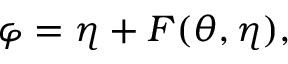
\varphi = \eta + F ( \theta , \eta ) ,